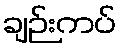
ချဉ်းကပ်